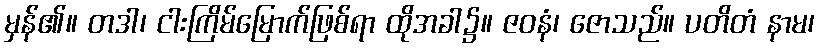
မှန်၏။ တဒါ၊ ငါးကြိမ်မြောက်ဖြစ်ရာ ထိုအခါ၌။ ဇဝနံ၊ ဇောသည်။ ပတိတံ နာမ၊